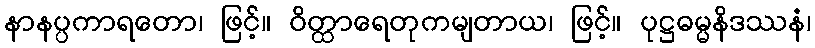
နာနပ္ပကာရတော၊ ဖြင့်။ ဝိတ္ထာရေတုကမျတာယ၊ ဖြင့်။ ပုဋ္ဌဓမ္မနိဒဿနံ၊